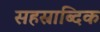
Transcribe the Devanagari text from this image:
सहस्राब्दिक